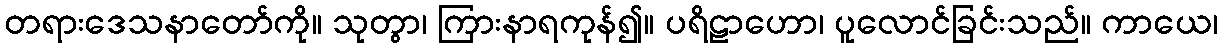
တရားဒေသနာတော်ကို။ သုတွာ၊ ကြားနာရကုန်၍။ ပရိဠာဟော၊ ပူလောင်ခြင်းသည်။ ကာယေ၊